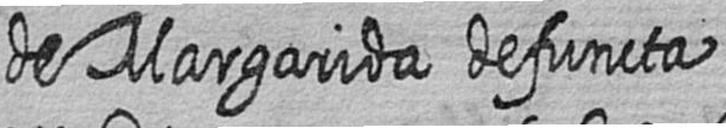
de Margarida defuncta